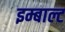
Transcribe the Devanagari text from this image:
इम्बाल्ट